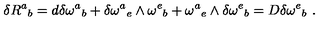
\delta R ^ { a } { } _ { b } = d \delta \omega ^ { a } { } _ { b } + \delta \omega ^ { a } { } _ { e } \wedge \omega ^ { e } { } _ { b } + \omega ^ { a } { } _ { e } \wedge \delta \omega ^ { e } { } _ { b } = D \delta \omega ^ { e } { } _ { b } \ .